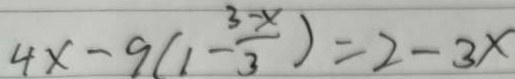
4 x - 9 ( 1 - \frac { 3 - x } { 3 } ) = 2 - 3 x